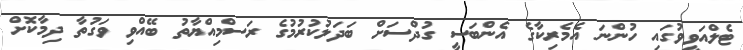
ޓެލްއަވީވުގައި ހުންނަ އެމެރިކާގެ އެންބަސީ ގުދްސަށް ބަދަލުކުރުމުގެ ރަސްމިއްޔާތު ބޭއްވި ވަގުތާ ދިމާކޮށް